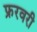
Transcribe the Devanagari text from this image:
फ्ररवरी